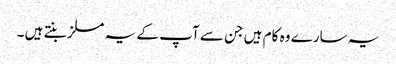
یہ سارے وہ کام ہیں جن سے آپ کے یہ مسلز بنتے ہیں ۔